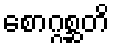
စောဂ္ဂစ္ဆတိ